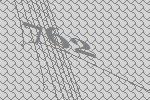
762